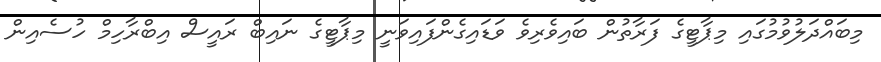
މިބައްދަލުވުމުގައި މިޕާޓީގެ ފަރާތުން ބައިވެރިވެ ވަޑައިގެންފައިވަނީ މިޕާޓީގެ ނައިބް ރައީސް އިބްރާހިމް ހުސެއިން